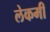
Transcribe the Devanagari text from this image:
लेकमी